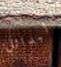
البدائل